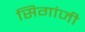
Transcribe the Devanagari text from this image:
सिगांजी